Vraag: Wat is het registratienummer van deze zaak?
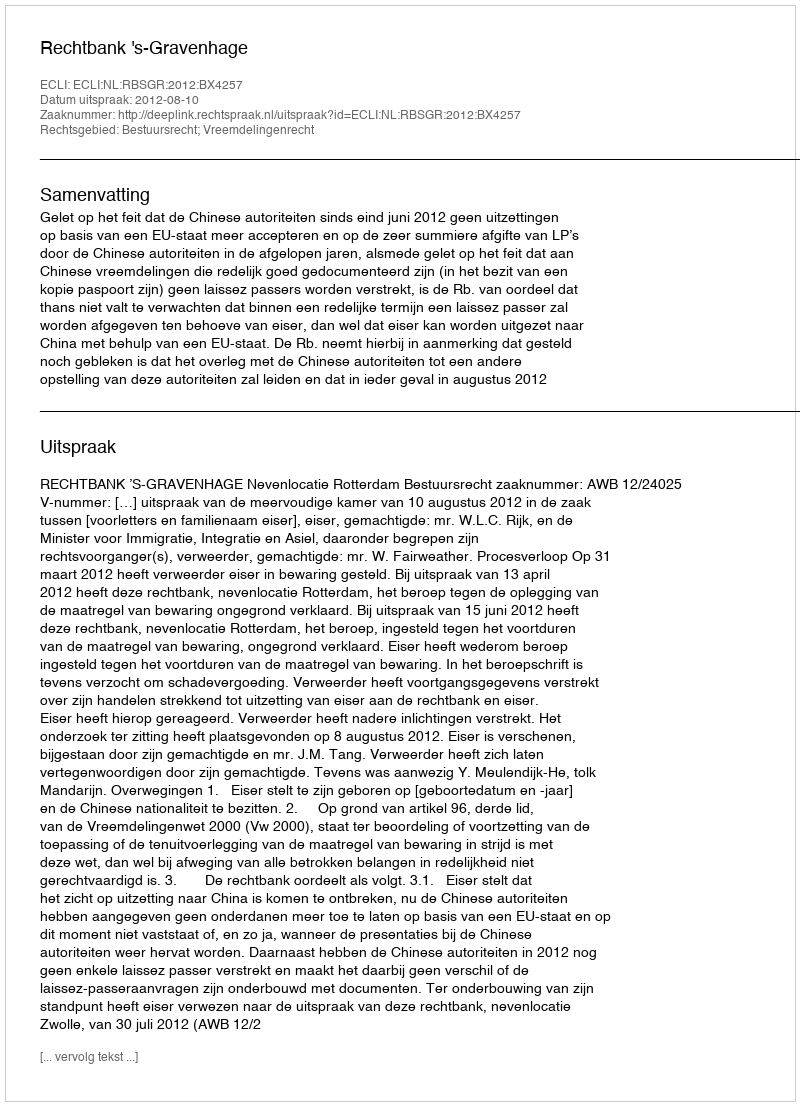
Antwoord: http://deeplink.rechtspraak.nl/uitspraak?id=ECLI:NL:RBSGR:2012:BX4257